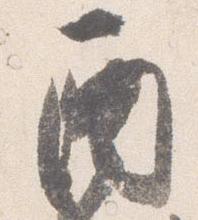
酉